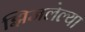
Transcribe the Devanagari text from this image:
झिजलेल्या